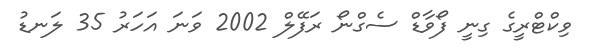
ވިކްޓްރީގެ ގިނީ ފޯވާޑް ސެގްނޯ ރަފޭލް 2002 ވަނަ އަހަރު 35 ލަނޑު